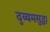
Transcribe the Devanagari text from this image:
दुय्यमसुद्धा